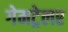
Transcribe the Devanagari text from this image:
गेमट्रेलर